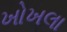
ખોખલા